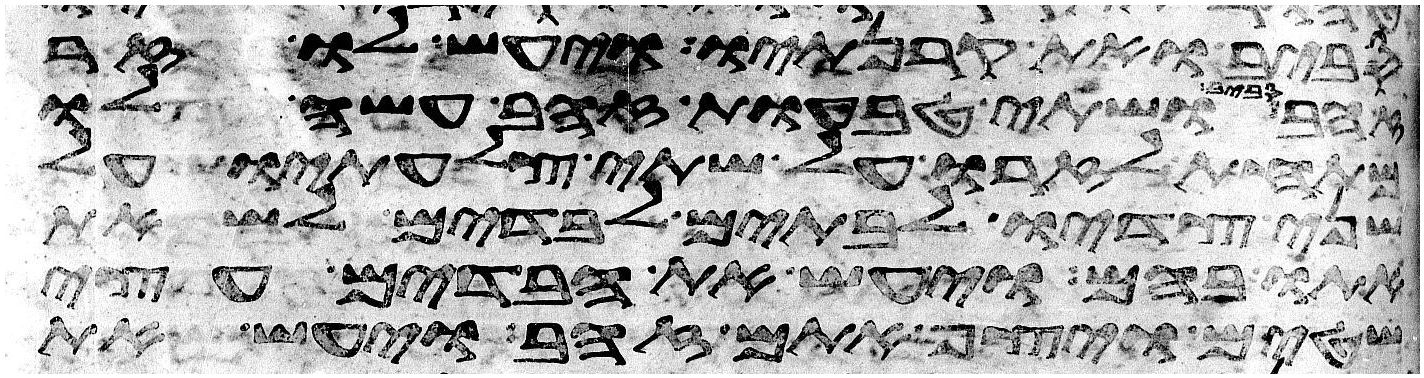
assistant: סביב ואת קרנתיו ויעש לו זר
ושתי טבעות זהב עשה לו
מתחת לזרו על שתי צלעתיו על
שני צדיו לבתים לבדים לשאת
אתו בהם ויעש את הבדים עצי
שטים ויצף אתם זהב ויעש את